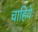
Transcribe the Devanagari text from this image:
चाहियेः